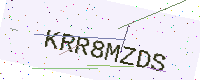
Text: KRR8MZDS